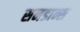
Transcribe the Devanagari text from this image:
सनडान्स